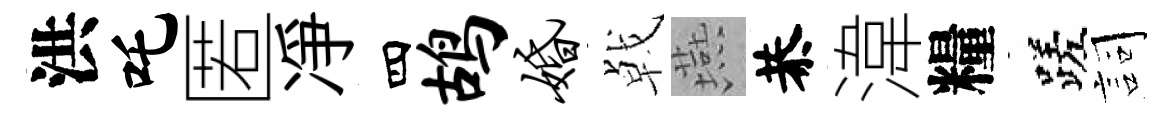
洪吒匿凈四鸪婚㦸燕恭湋糧蹉詞